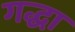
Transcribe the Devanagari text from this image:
गद्धा